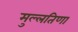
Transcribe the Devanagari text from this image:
मुल्लतिणा